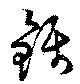
銛